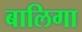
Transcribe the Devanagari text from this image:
बालिगा